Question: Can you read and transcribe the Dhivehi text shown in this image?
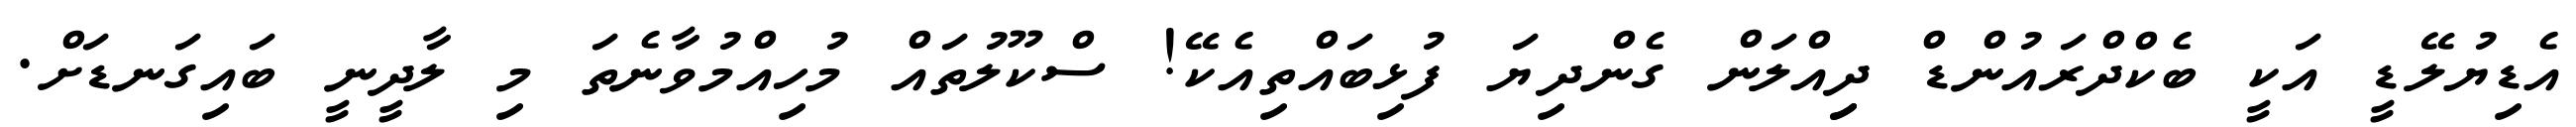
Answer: އެޑިޔުލޭޑީ އަކީ ބެކްދްރައުންޑް ދިިއްލަން ގެންދިޔަ ފުޅިބައްތިއެކޭ! ސްކޫލުތައް މުހިއްމުވާނެތަ މި ލާދީނީ ބައިގަނޑަށް.